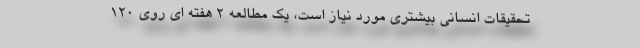
تحقیقات انسانی بیشتری مورد نیاز است، یک مطالعه 2 هفته ای روی 120